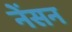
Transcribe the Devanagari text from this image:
नेंसन